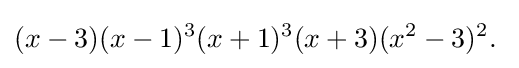
(x-3)(x-1)^{3}(x+1)^{3}(x+3)(x^{2}-3)^{2}.\